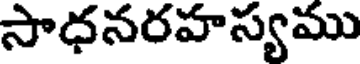
సాధనరహస్యము